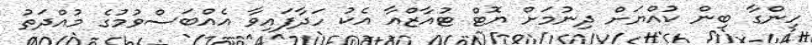
ހިންގާ ބިން ކުއްޔަށް ދިނުމަށް ޔޮޓް ޓުއާޒްއާ އެކު ހަދާފައިވާ އެއްބަސްވުމުގެ މުއްދަތު